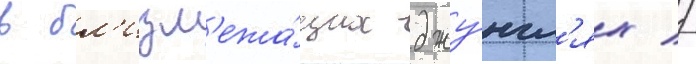
в бл'изл'ежа́щих джу́нгл'ях //